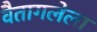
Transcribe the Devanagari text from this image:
वैतागलेला